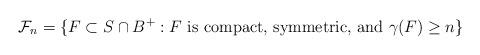
LaTeX: \begin{align*} \mathcal{F}_n=\{F\subset S\cap B^+: F \mbox{ is compact, symmetric, and } \gamma(F)\ge n\}\end{align*}